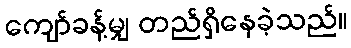
ကျော်ခန့်မျှ တည်ရှိနေခဲ့သည်။